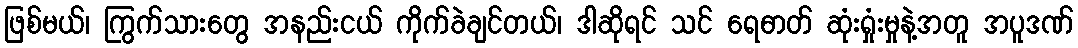
ဖြစ်မယ်၊ ကြွက်သားတွေ အနည်းငယ် ကိုက်ခဲချင်တယ်၊ ဒါဆိုရင် သင် ရေဓာတ် ဆုံးရှုံးမှုနဲ့အတူ အပူဒဏ်